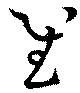
慰